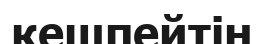
кешпейтін